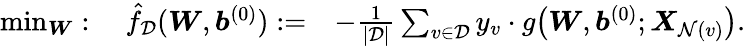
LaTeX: \begin{array}{rl}{\operatorname*{min}_{\boldsymbol W}:\quad\hat{f}_{\mathcal{D}}({\boldsymbol W},{\boldsymbol b}^{(0)}):=}&{-\frac{1}{|\mathcal{D}|}\sum_{v\in\mathcal{D}}y_{v}\cdot g\big({\boldsymbol W},{\boldsymbol b}^{(0)};{\boldsymbol X}_{\mathcal{N}(v)}\big).}\end{array}